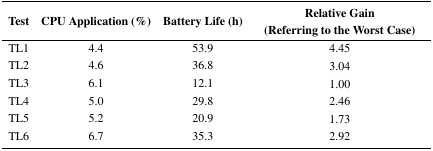
<table><thead><tr><td><b>Test</b></td><td><b>CPU Application (%)</b></td><td><b>Battery Life (h)</b></td><td><b>Relative Gain (Referring to the Worst Case)</b></td></tr></thead><tbody><tr><td>TL1</td><td>4.4</td><td>53.9</td><td>4.45</td></tr><tr><td>TL2</td><td>4.6</td><td>36.8</td><td>3.04</td></tr><tr><td>TL3</td><td>6.1</td><td>12.1</td><td>1.00</td></tr><tr><td>TL4</td><td>5.0</td><td>29.8</td><td>2.46</td></tr><tr><td>TL5</td><td>5.2</td><td>20.9</td><td>1.73</td></tr><tr><td>TL6</td><td>6.7</td><td>35.3</td><td>2.92</td></tr></tbody></table>